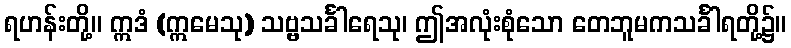
ရဟန်းတို့။ ဣဒံ (ဣမေသု) သဗ္ဗသင်္ခါရေသု၊ ဤအလုံးစုံသော တေဘူမကသင်္ခါရတို့၌။